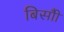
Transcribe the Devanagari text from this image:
बिसौी